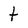
Character: t